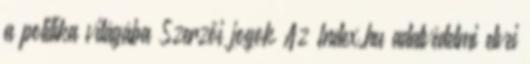
a politika világába Szerzői jogok Az Index.hu adatvédelmi elvei